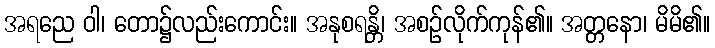
အရညေ ဝါ၊ တော၌လည်းကောင်း။ အနုစရန္တိ၊ အစဉ်လိုက်ကုန်၏။ အတ္တနော၊ မိမိ၏။